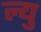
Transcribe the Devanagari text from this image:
ल्यु